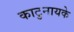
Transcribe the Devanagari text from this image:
काटुनायके